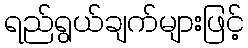
ရည်ရွယ်ချက်များဖြင့်